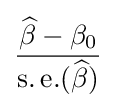
{\frac {{\widehat {\beta }}-\beta _{0}}{\operatorname {s.e.} ({\widehat {\beta }})}}